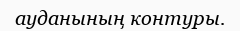
ауданының контуры.